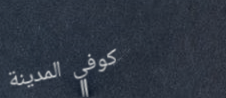
كوفي المدينة